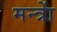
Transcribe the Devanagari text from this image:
मन्त्राें